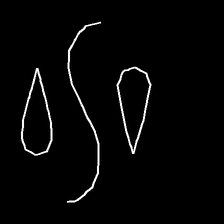
Glyph: water